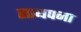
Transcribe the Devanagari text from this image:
साथपना